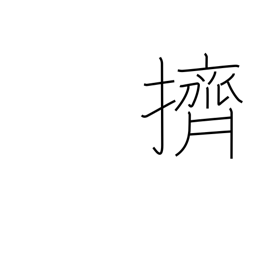
Meaning: push aside